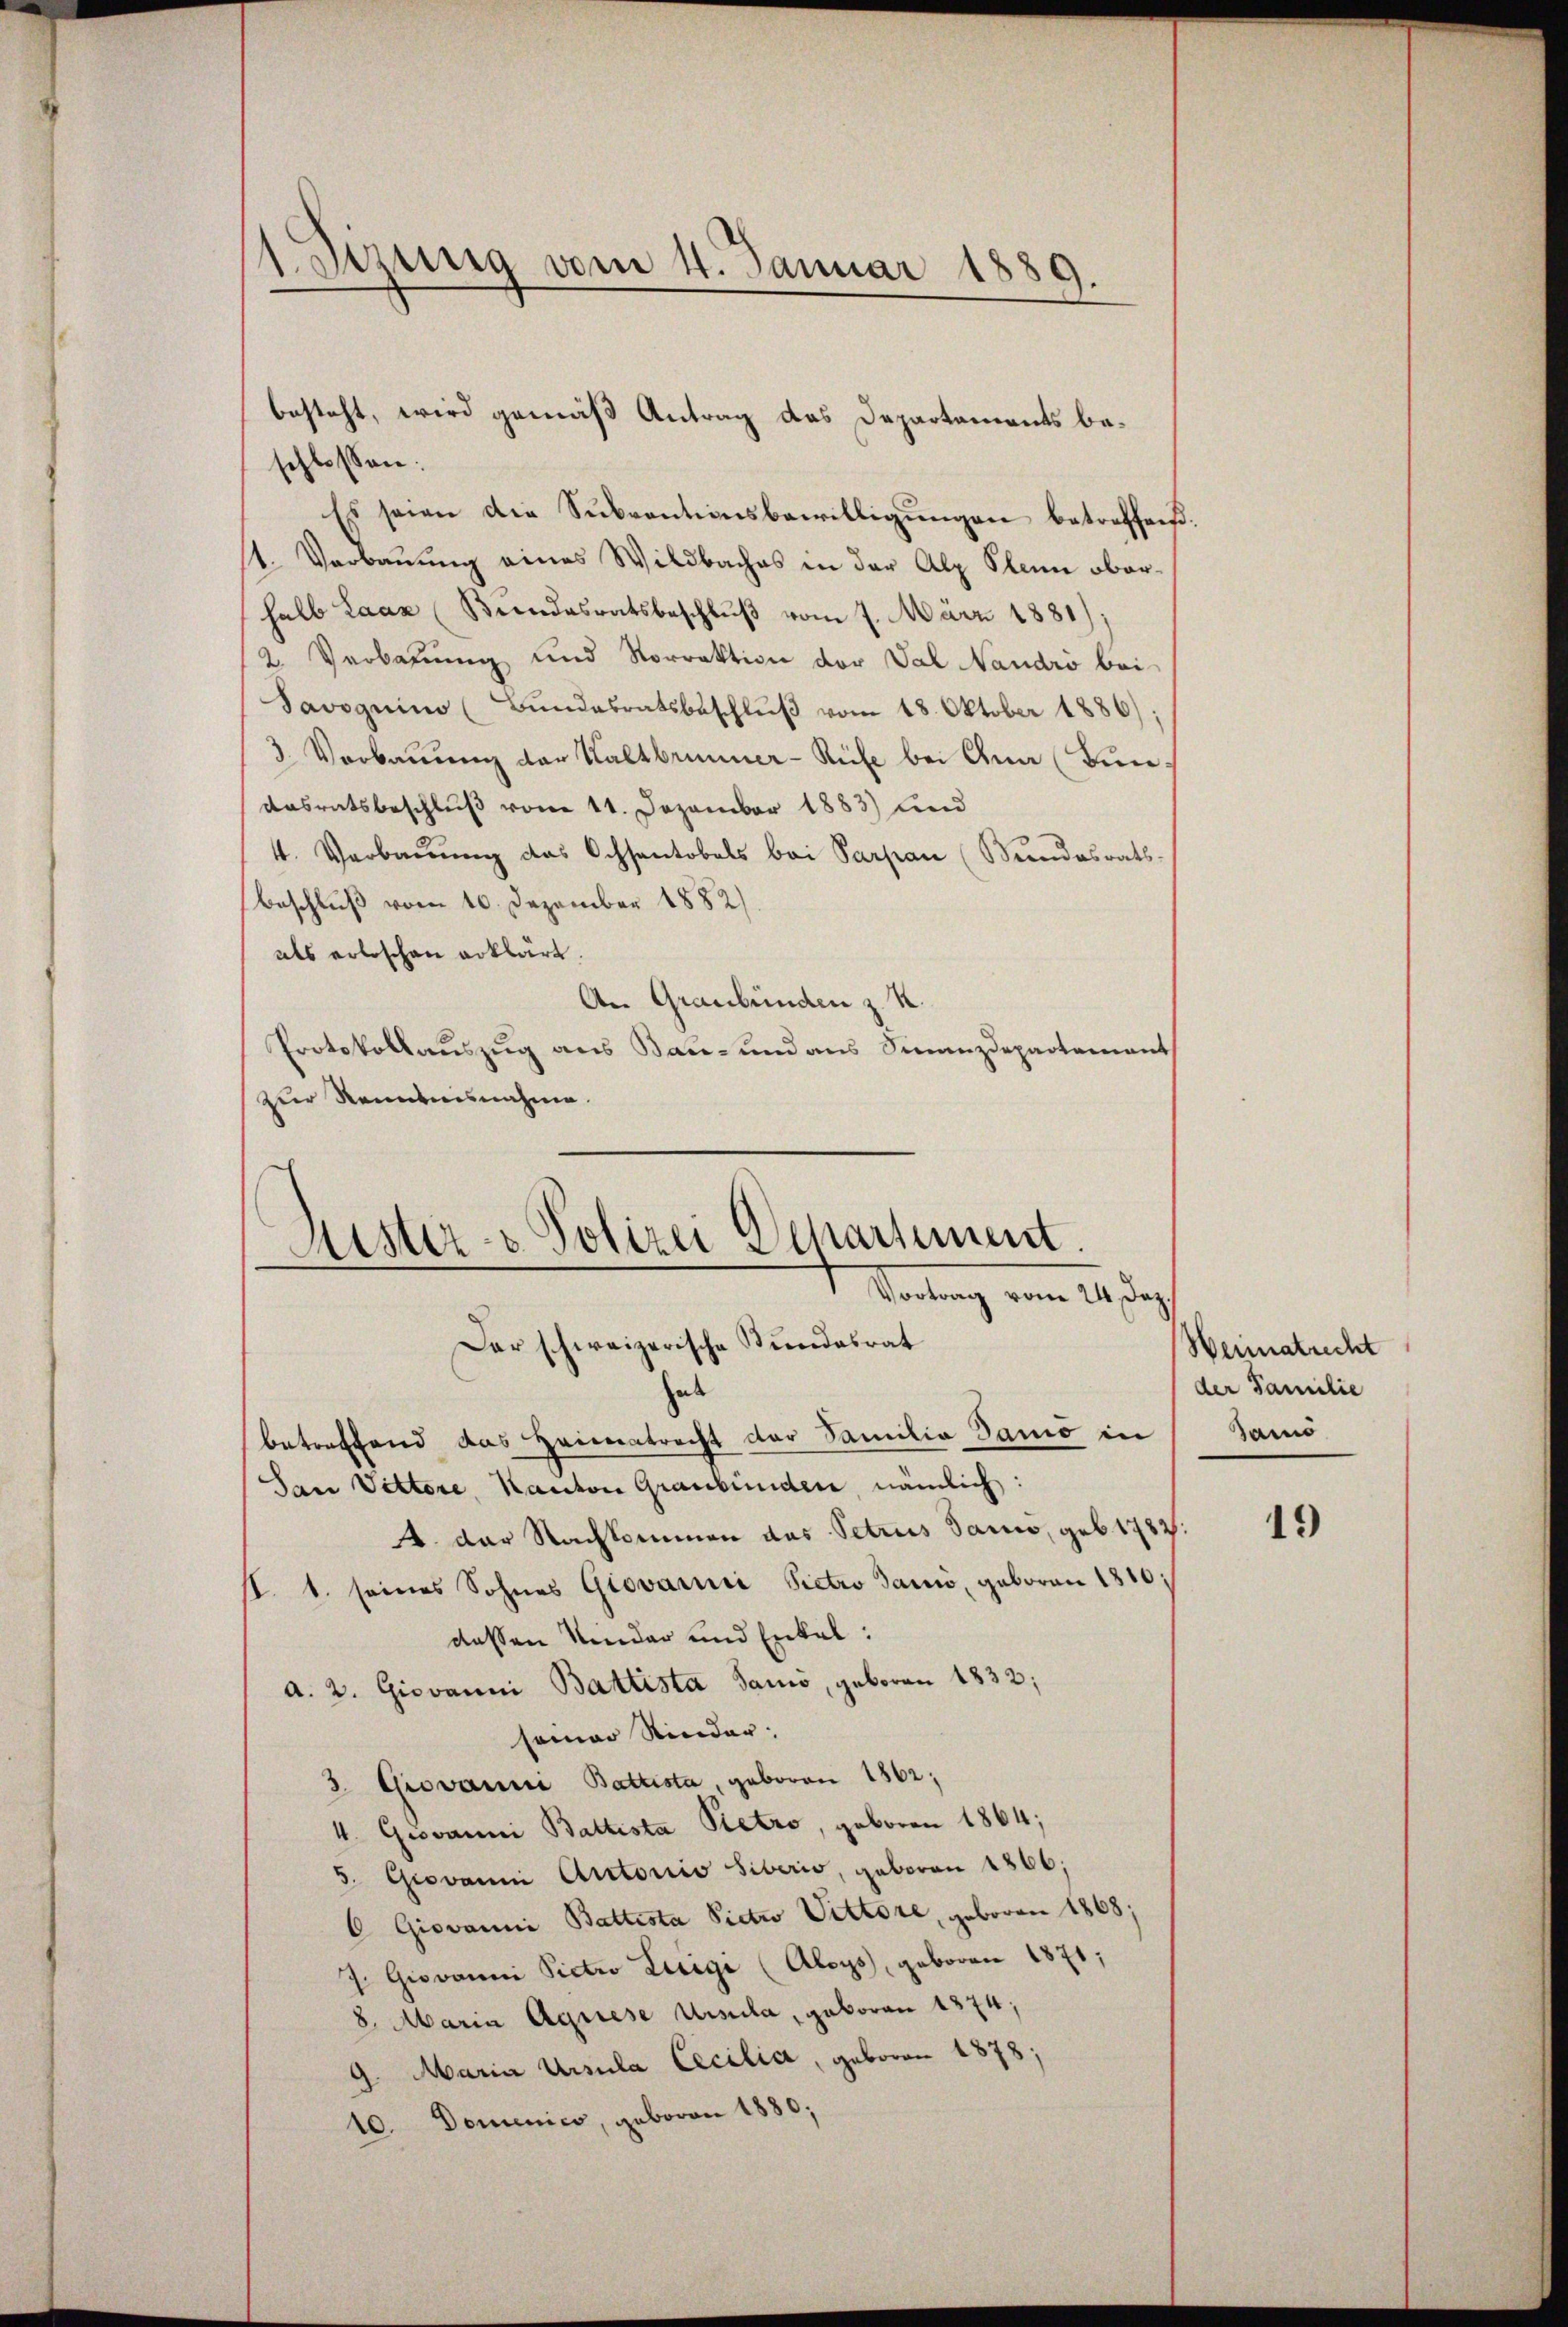
Sizung vom 4. Januar 188.
A.

schlossen:
Es seien die Sŭbventionsbewilligŭngen betreffend
1. Verbauung eines Wildbaches in der Alp Stein oberhalb Laaz Beendesratsbeschlŭβ vom 7. März 1881);
2. Verbauung und Vorrektion der Val Nandro bei
Savoquin (Bŭndesratsbeschlŭβ vom 18. Oktober 1886).
3. Verbaŭŭng der Haltbrunner-Rüfe bei Ana (Bundasratsbeschluß vom 11. Dezember 1883) und
4. Verbaŭŭng das Ochsantobels bei Parpan (Bundesrats-
Beschluß vom 10. Dezember 1882/
als erloschen erklärt.
An Graubünden z. R.
Protokollauszug aus Bau- und aus Finanzdepartement
zur Renntnisnahme.

besteht, wird gemäß Antrag das Departaments be¬

Kister- & Polizei Departement.
—
 Vortrag vom 24. Das
Der schweizerische Stundesrat

hab
betreffend das Heimatrecht der Familia Sanio in Samo
San Vittore, Kanton Graubünden, nämlich:
4. der Nachkommen das Petrus Sano, geb. 1782:
s. 1. seines Sohnes Giovarii Pietro danno, geboren 1810.
dessen Verdar und Enkel:
a. 2. Giovanni Battista Sano, geboren 1832;
semar Rinder:
3. Giovanni Battista, geboren 1862;
4. Giovanni Battista Petro, geboren 1864;
3. Giovanni Auctorio siberis, geboren 1866;
O Giovanni Battista Pictro Vittore, geboren 1868;
J. Giovanni Pietro Luigi (Aloys, geboren 1871;
8. Maria Agnese Ursula, geboren 1874;
9. Maria Ursula Cecilia, geboren 1878;
10. Domenico, geboren 1880;

Weimatrecht
der Familie

19